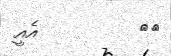
٧٠         އެއީ